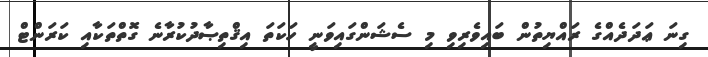
ގިނަ ޢަދަދެއްގެ ރައްޔިތުން ބައިވެރިވި މި ސެޝަންގައިވަނީ ހަކަތަ އިޤްތިޞާދުކުރާނެ ގޮތްތަކާއި ކަރަންޓް